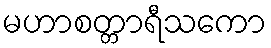
မဟာစတ္တာရီသကော